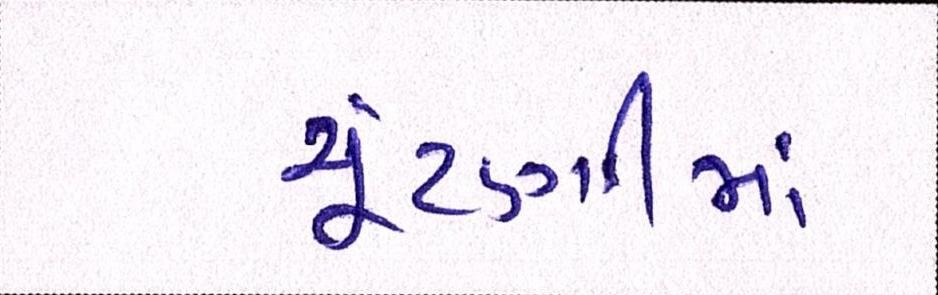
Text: ચૂંટણીમાં